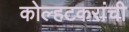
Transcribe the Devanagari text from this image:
कोल्हटकरांची